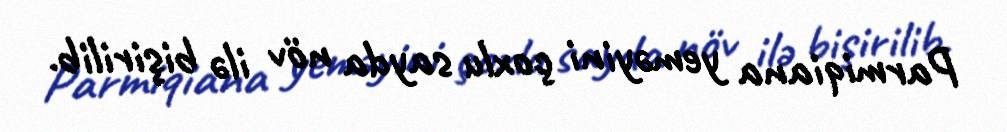
Parmiqiana yeməyini çoxlu sayda növ ilə bişirilib.